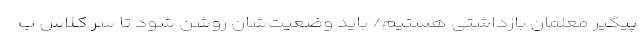
پیگیر معلمان بازداشتی هستیم/ باید وضعیت‌شان روشن شود تا سر کلاس ب